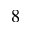
_ 8